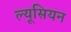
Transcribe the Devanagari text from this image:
ल्यूसियन